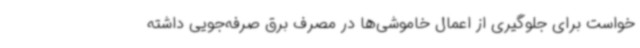
خواست برای جلوگیری از اعمال خاموشی‌ها در مصرف برق صرفه‌جویی داشته